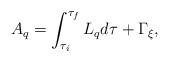
LaTeX: \begin{align*}A_q = \int^{\tau_f}_{\tau_i} L_q d\tau + \Gamma_\xi, \end{align*}